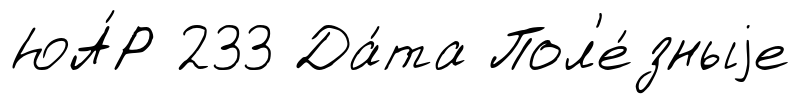
ЮА́Р 233 Да́та Пол'е́зныjе